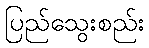
ပြည်သွေးစည်း